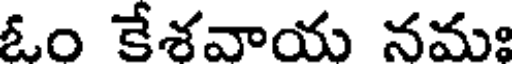
ఓం కేశవాయ నమః